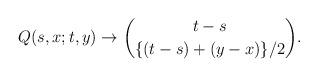
LaTeX: \begin{align*}Q(s,x;t,y) \to\binom{t-s}{\{(t-s)+(y-x)\}/2}.\end{align*}